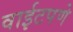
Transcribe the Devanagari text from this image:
वाईटपणे